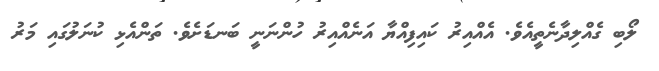
ލޯބި ގެއްލިދާނެތީއެވެ. އެއްއިރު ކައިފިއްޔާ އަނެއްއިރު ހުންނަނީ ބަނޑަށެވެ. ތަންއެޅި ކުނަލުގައި މަރު